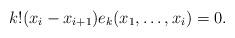
LaTeX: \begin{align*} k! (x_i-x_{i+1})e_k(x_1,\ldots,x_i) = 0.\end{align*}